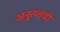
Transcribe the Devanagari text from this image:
अनुत्प्लवी